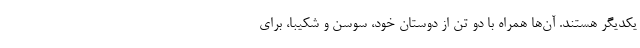
یکدیگر هستند. آن‌ها همراه با دو تن از دوستان خود، سوسن و شکیبا، برای